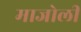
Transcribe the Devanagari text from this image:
माजोली